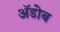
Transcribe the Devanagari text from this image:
ॲडोब